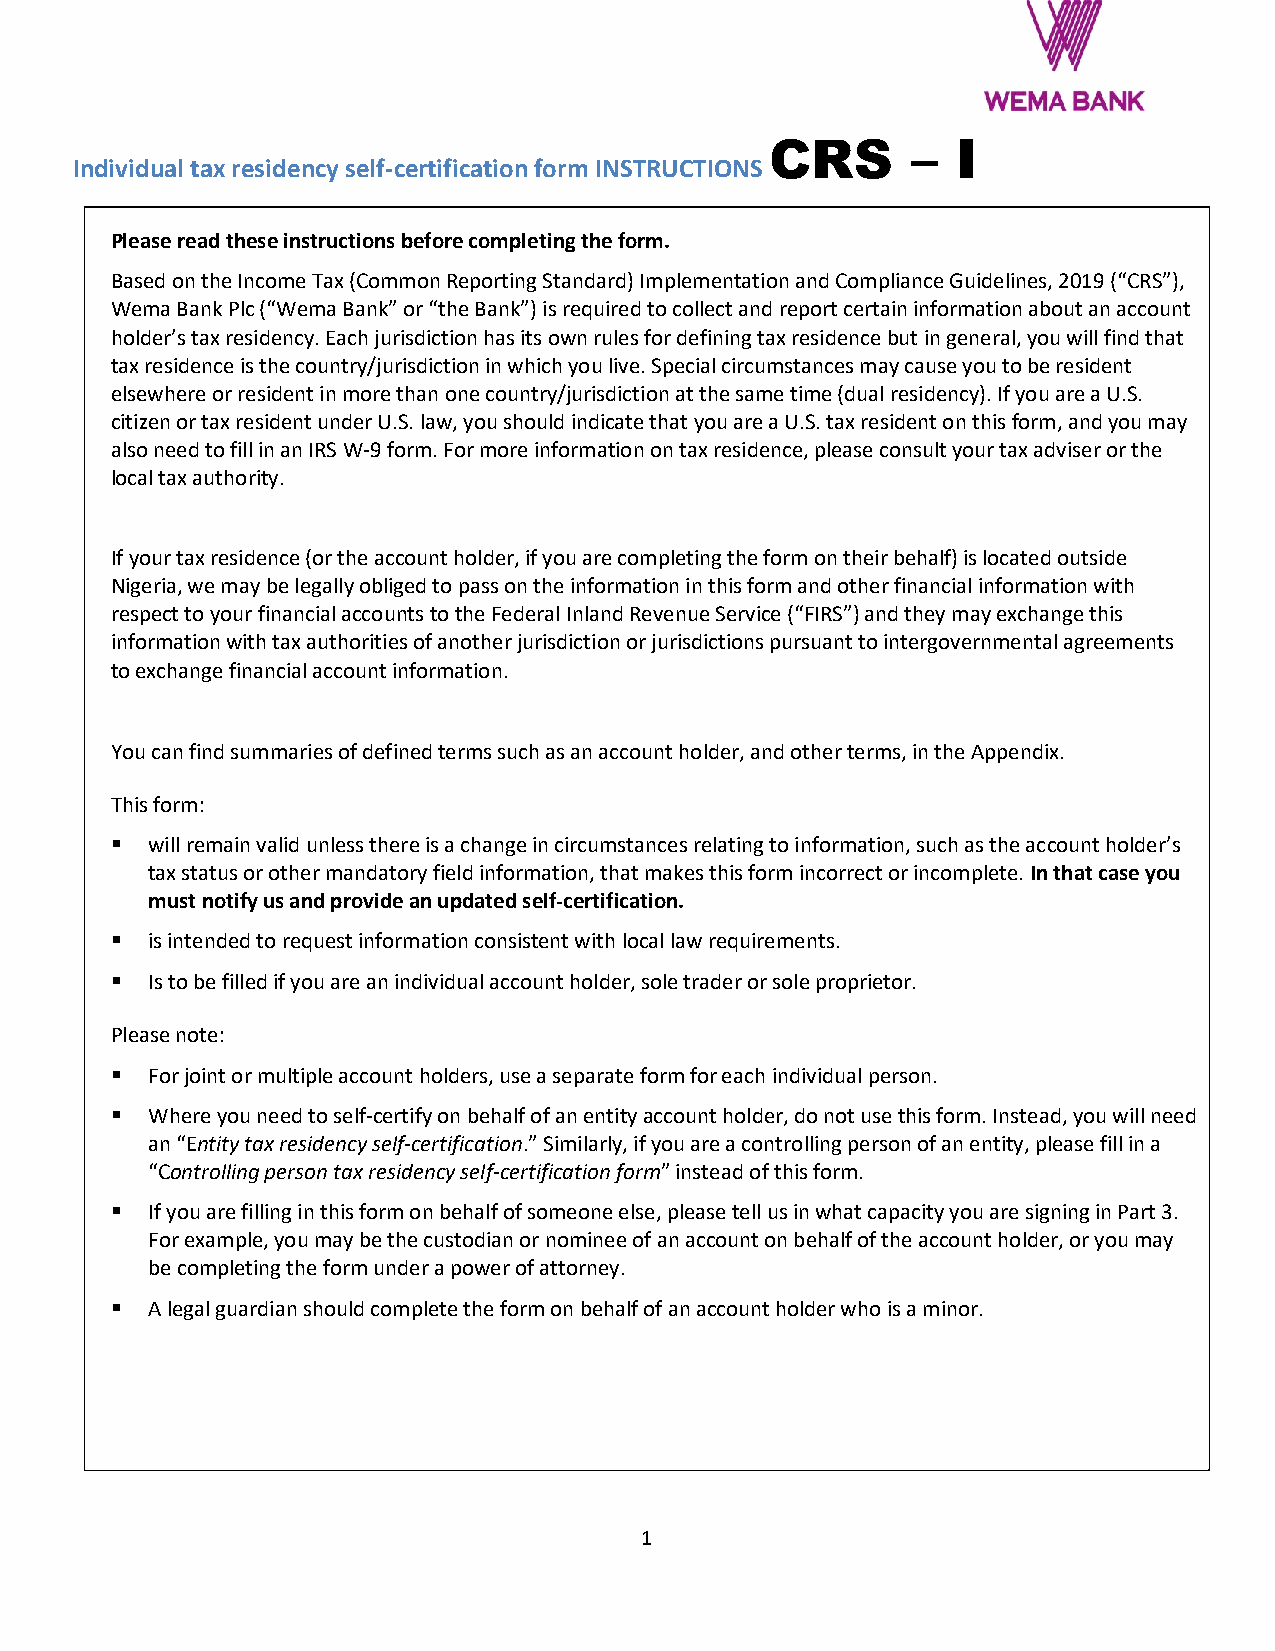
CRS      –  I
 Individual tax residency self-certification form INSTRUCTIONS
 Please read these instructions before completing the form.
 Based on the Income Tax (Common Reporting Standard) Implementation and Compliance Guidelines, 2019 (“CRS”),
 Wema Bank Plc (“Wema Bank” or “the Bank”) is required to collect and report certain information about an account
 holder’s tax residency. Each jurisdiction has its own rules for defining tax residence but in general, you will find that
 tax residence is the country/jurisdiction in which you live. Special circumstances may cause you to be resident
 elsewhere or resident in more than one country/jurisdiction at the same time (dual residency). If you are a U.S.
 citizen or tax resident under U.S. law, you should indicate that you are a U.S. tax resident on this form, and you may
 also need to fill in an IRS W-9 form. For more information on tax residence, please consult your tax adviser or the
 local tax authority.
 If your tax residence (or the account holder, if you are completing the form on their behalf) is located outside
 Nigeria, we may be legally obliged to pass on the information in this form and other financial information with
 respect to your financial accounts to the Federal Inland Revenue Service (“FIRS”) and they may exchange this
 information with tax authorities of another jurisdiction or jurisdictions pursuant to intergovernmental agreements
 to exchange financial account information.
 You can find summaries of defined terms such as an account holder, and other terms, in the Appendix.
 This form:
 ▪  will remain valid unless there is a change in circumstances relating to information, such as the account holder’s
 tax status or other mandatory field information, that makes this form incorrect or incomplete. In that case you
 must notify us and provide an updated self-certification.
 ▪  is intended to request information consistent with local law requirements.
 ▪  Is to be filled if you are an individual account holder, sole trader or sole proprietor.
 Please note:
 ▪  For joint or multiple account holders, use a separate form for each individual person.
 ▪  Where you need to self-certify on behalf of an entity account holder, do not use this form. Instead, you will need
 an “Entity tax residency self-certification.” Similarly, if you are a controlling person of an entity, please fill in a
 “Controlling person tax residency self-certification form” instead of this form.
 ▪  If you are filling in this form on behalf of someone else, please tell us in what capacity you are signing in Part 3.
 For example, you may be the custodian or nominee of an account on behalf of the account holder, or you may
 be completing the form under a power of attorney.
 ▪  A legal guardian should complete the form on behalf of an account holder who is a minor.
 1